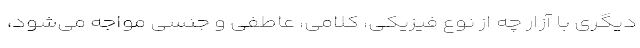
دیگری با آزار چه از نوع فیزیکی، کلامی، عاطفی و جنسی مواجه می‌شود،